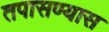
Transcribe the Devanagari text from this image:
तपासण्यास